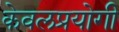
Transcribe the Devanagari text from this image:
केवलप्रयोगी